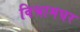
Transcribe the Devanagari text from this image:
विश्रामघर